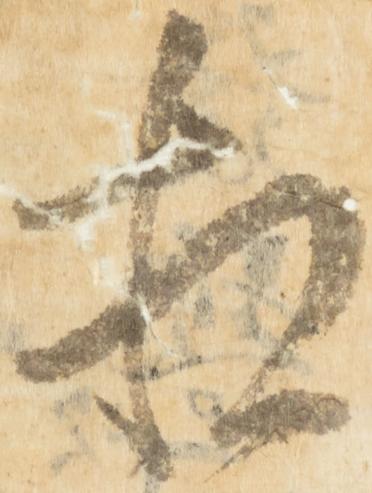
相